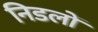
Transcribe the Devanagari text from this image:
निडलों